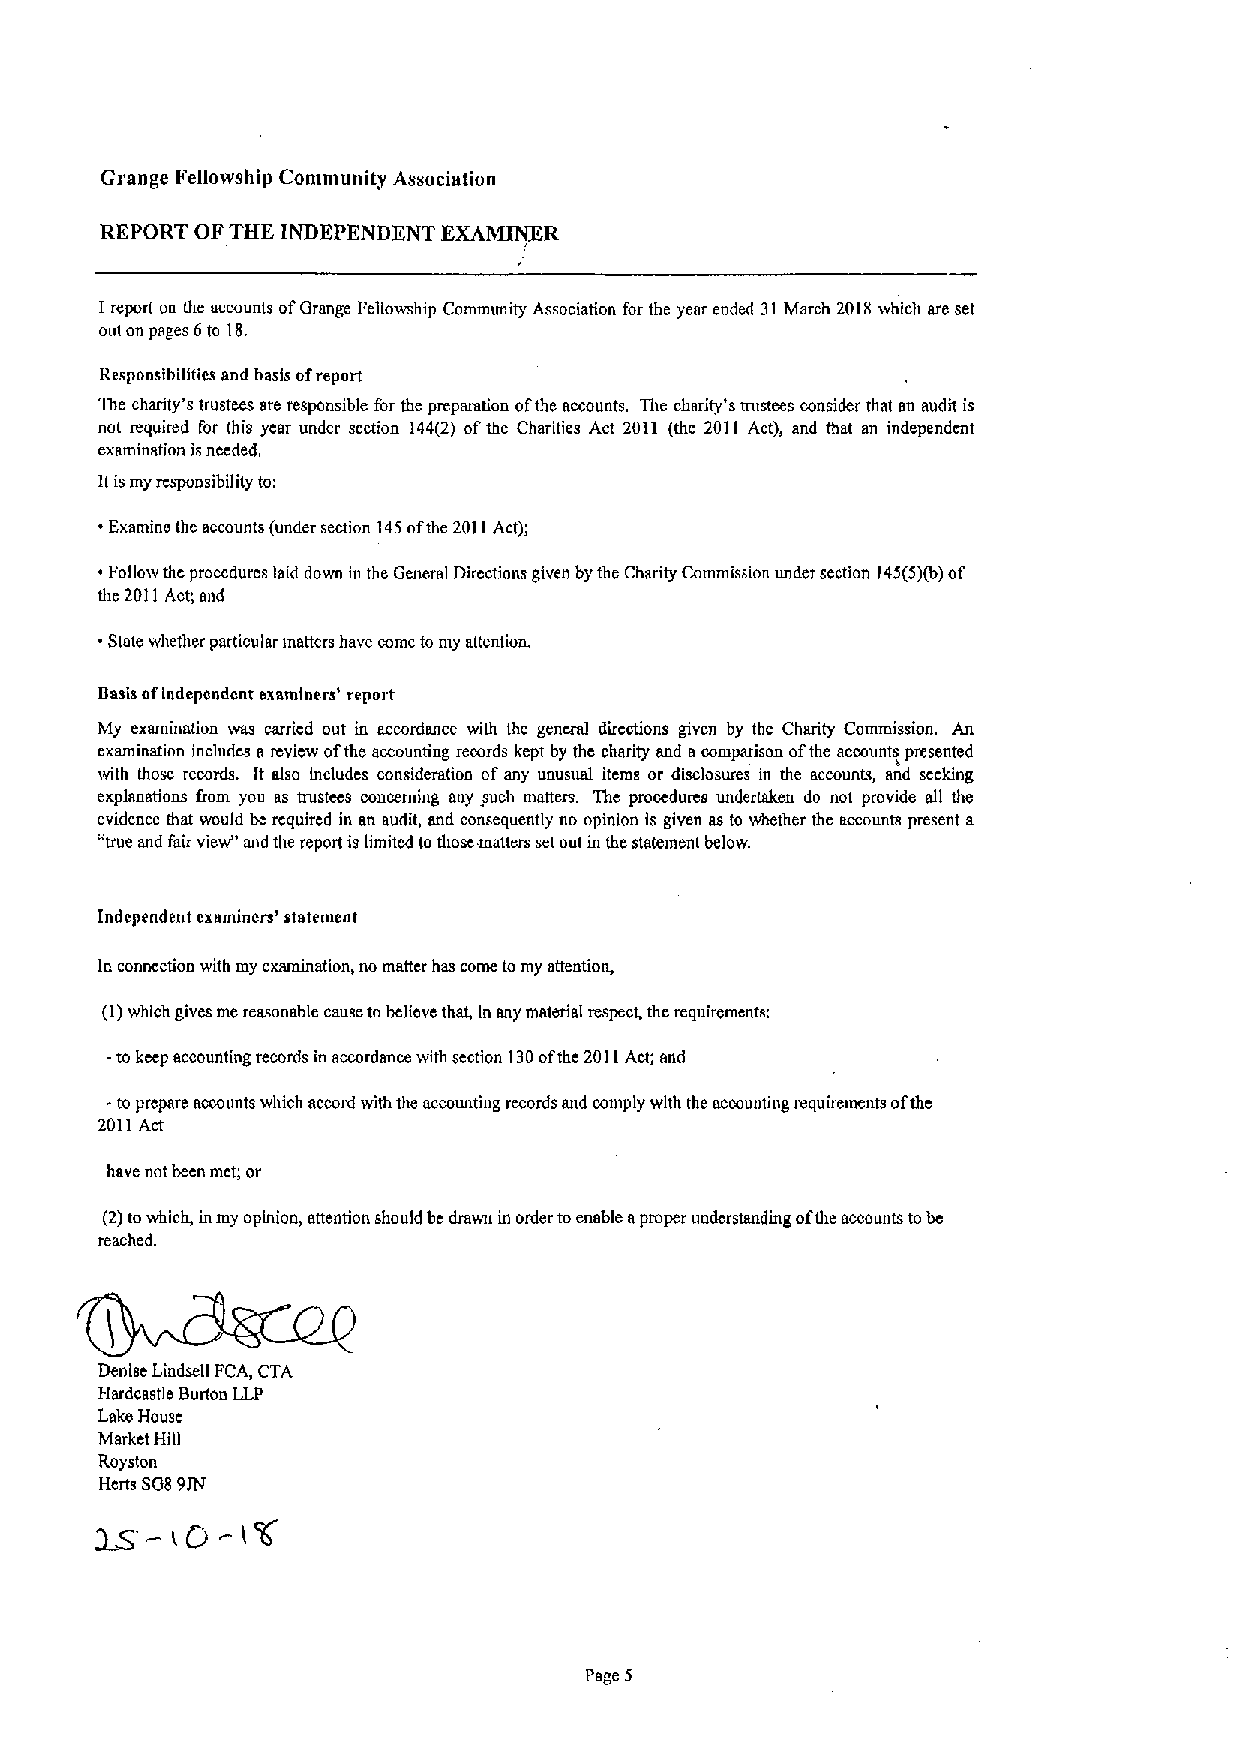
Grange Fellowship Community Association
 REPORT OFTHE INDEPENDENT EXAMINER
 I report oa the accounts ofGrange Fellowship Commumty Association for the year ended 31March 2018whloh are set
 out an pages 6to 18.
 Responsibilities and basis ofreport
 The charity's trustees are responsible for the preparation ofthe accounts. The charity's trustees consider that an audit is
 not required for this year under section 144(2) ofthe Charities Act 2011 (the 2011 Act), and that an independent
 examination isneeded,
 lt ismy responsibility to:
 Examine the accounts (under section 145ofthe 2011Act);
 ~Follow thc proccdurcs laid down in the General Directions given by the Charity Commission under section 145(5)(b)of
 the 2011Act, and
 State whether particular matters have come to my attention.
 Basis ofIndependent examiners' report
 My examination was carried out in accordance with the general directions given by the Charity Commission. An
 examination includes a rcvicw ofthe accounting records kept by thc charity and acomparison ofthe accounts presented
 with those records. It also includes consideration ofany unusual itcrns or disclosures in the accounts, and sccking
 explanations fram you as trustees concerning nny such matters. Thc proocdurcs undertaken do not provide all the
 evidence that would be rcquircd in an audit, and consequently no opinion is given as to whether the accounts present a
 "true snd fair view" and the report is limited ta those matters setout in the statement below.
 Indcpendcnt cxamincrs' statement
 In connection with my examination, no matter has come tomy attention,
 (I)which gives me reasonable cause tobcliove that, In any material respect, the requirementx
 -to kccp accounting records in accordance with s«ction 130ofthe 2011Act; and
 -to prepare accounts which accord viith the accounting records and comply with the accounting requirements ofthe
 2011Act
 have not be«n met,' or
 (2)towhich, inmy opinion, attention should be dravm in order toenable aproper understanding ofthe accounts tobc
 reached.
 Denise Lindsell FCA, CTA
 Hardcastle Burton LLP
 Lake House
 Market Hill
 Royston
 Herts SG89JFI
 Page 5